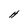
Character: H